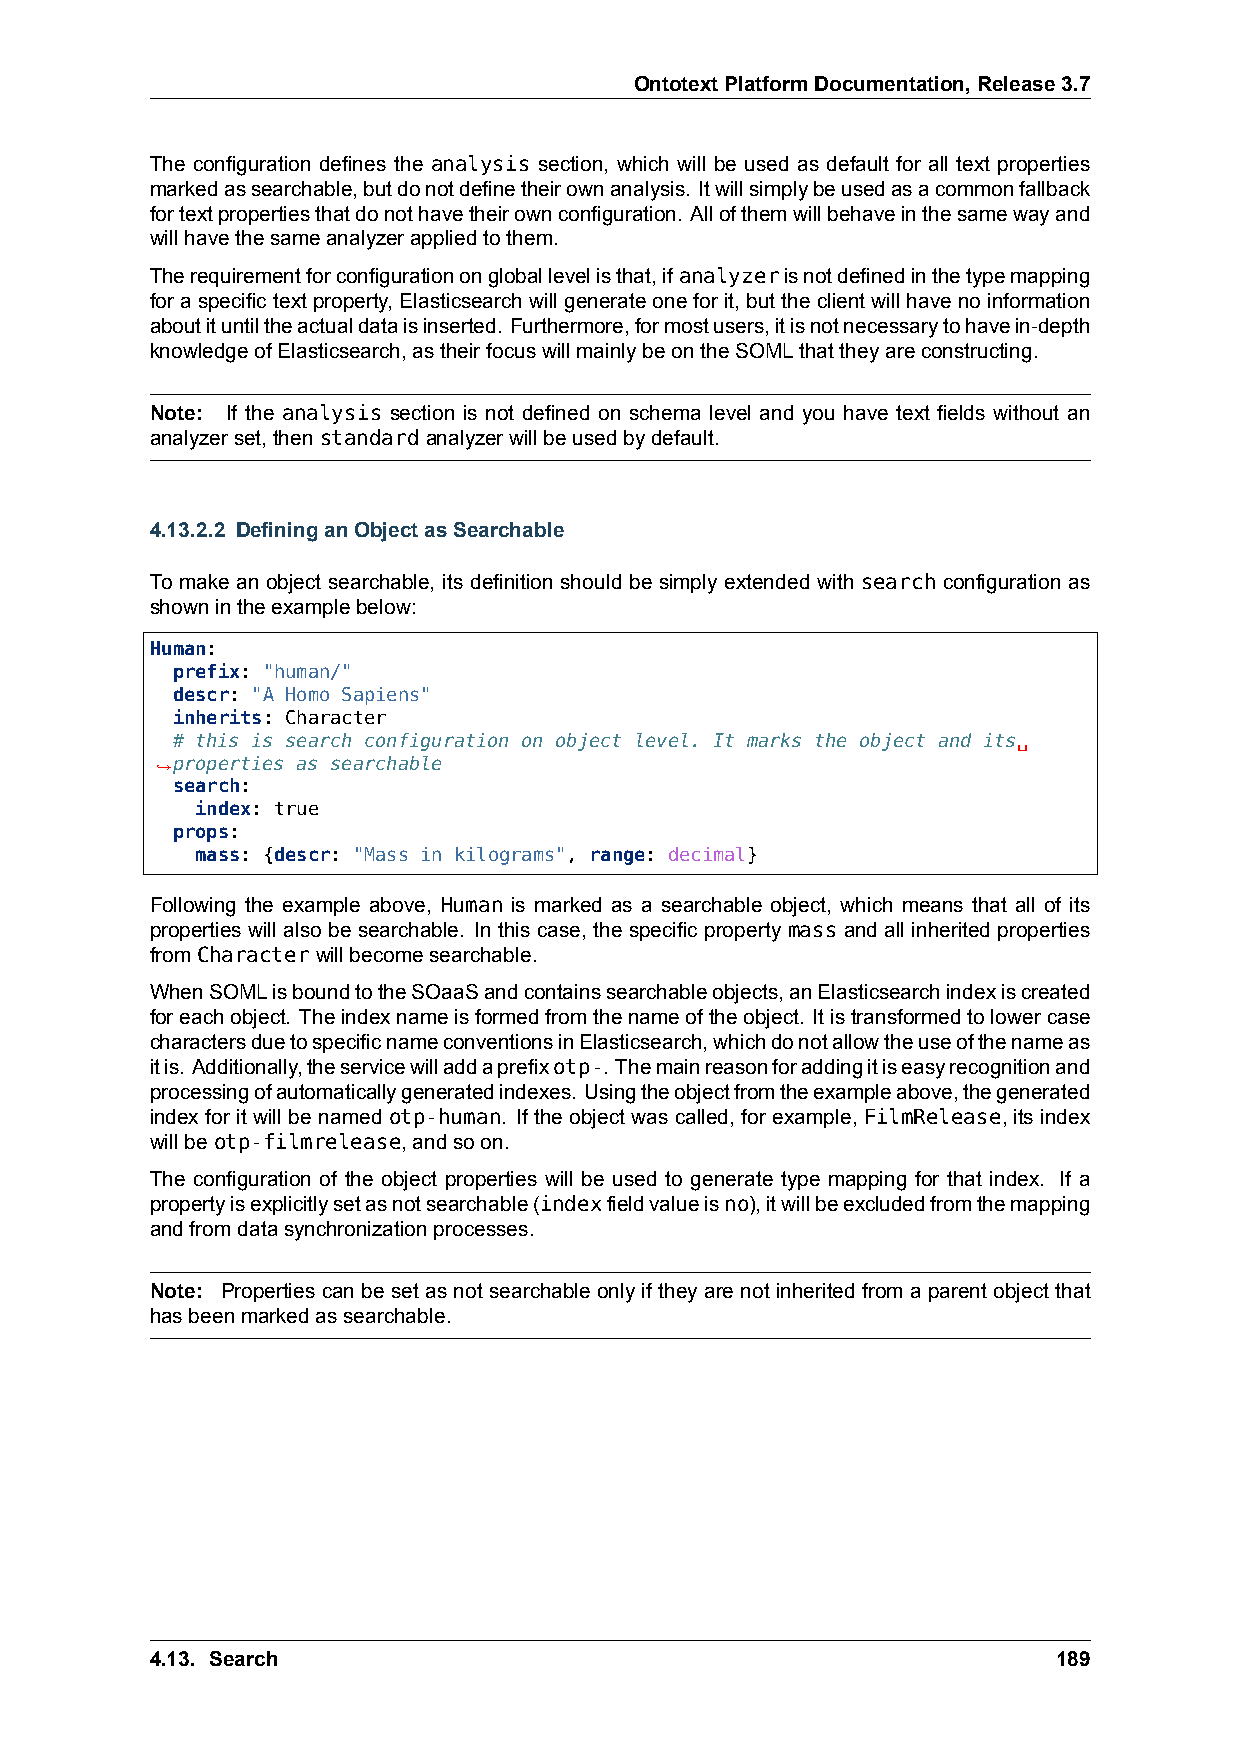
OntotextPlatformDocumentation,Release3.7
 The configuration defines the analysis section, which will be used as default for all text properties
 markedassearchable,butdonotdefinetheirownanalysis. Itwillsimplybeusedasacommonfallback
 fortextpropertiesthatdonothavetheirownconfiguration. Allofthemwillbehaveinthesamewayand
 willhavethesameanalyzerappliedtothem.
 Therequirementforconfigurationongloballevelisthat,ifanalyzerisnotdefinedinthetypemapping
 foraspecifictextproperty, Elasticsearchwillgenerateoneforit, buttheclientwillhavenoinformation
 aboutituntiltheactualdataisinserted. Furthermore,formostusers,itisnotnecessarytohavein-depth
 knowledgeofElasticsearch,astheirfocuswillmainlybeontheSOMLthattheyareconstructing.
 Note: If the analysis section is not defined on schema level and you have text fields without an
 analyzerset,thenstandardanalyzerwillbeusedbydefault.
 4.13.2.2 DefininganObjectasSearchable
 To make an object searchable, its definition should be simply extended with search configuration as
 shownintheexamplebelow:
 Human:
 prefix: "human/"
 descr: "A Homo Sapiens"
 inherits: Character
 # this is search configuration on object level. It marks the object and its␣
 ,→properties as searchable
 search:
 index: true
 props:
 mass: {descr: "Mass in kilograms", range: decimal}
 Following the example above, Human is marked as a searchable object, which means that all of its
 properties will also be searchable. In this case, the specific property mass and all inherited properties
 fromCharacterwillbecomesearchable.
 WhenSOMLisboundtotheSOaaSandcontainssearchableobjects,anElasticsearchindexiscreated
 foreachobject. Theindexnameisformedfromthenameoftheobject. Itistransformedtolowercase
 charactersduetospecificnameconventionsinElasticsearch,whichdonotallowtheuseofthenameas
 itis. Additionally,theservicewilladdaprefixotp-. Themainreasonforaddingitiseasyrecognitionand
 processingofautomaticallygeneratedindexes. Usingtheobjectfromtheexampleabove,thegenerated
 index for it will be named otp-human. If the object was called, for example, FilmRelease, its index
 willbeotp-filmrelease,andsoon.
 The configuration of the object properties will be used to generate type mapping for that index. If a
 propertyisexplicitlysetasnotsearchable(indexfieldvalueisno),itwillbeexcludedfromthemapping
 andfromdatasynchronizationprocesses.
 Note: Properties can be set as not searchable only if they are not inherited from a parent object that
 hasbeenmarkedassearchable.
 4.13. Search                                                189